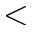
<